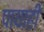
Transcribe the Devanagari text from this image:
पायाही